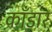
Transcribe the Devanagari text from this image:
काँडार